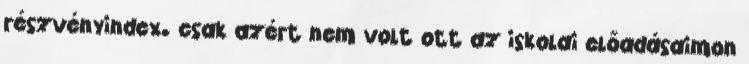
részvényindex. csak azért nem volt ott az iskolai előadásaimon